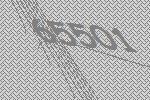
65501